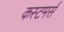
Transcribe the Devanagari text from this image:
कस्टमर्स